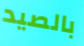
بالصيد